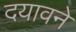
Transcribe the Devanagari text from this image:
दयावने